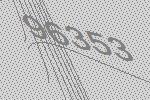
96353